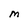
Character: M